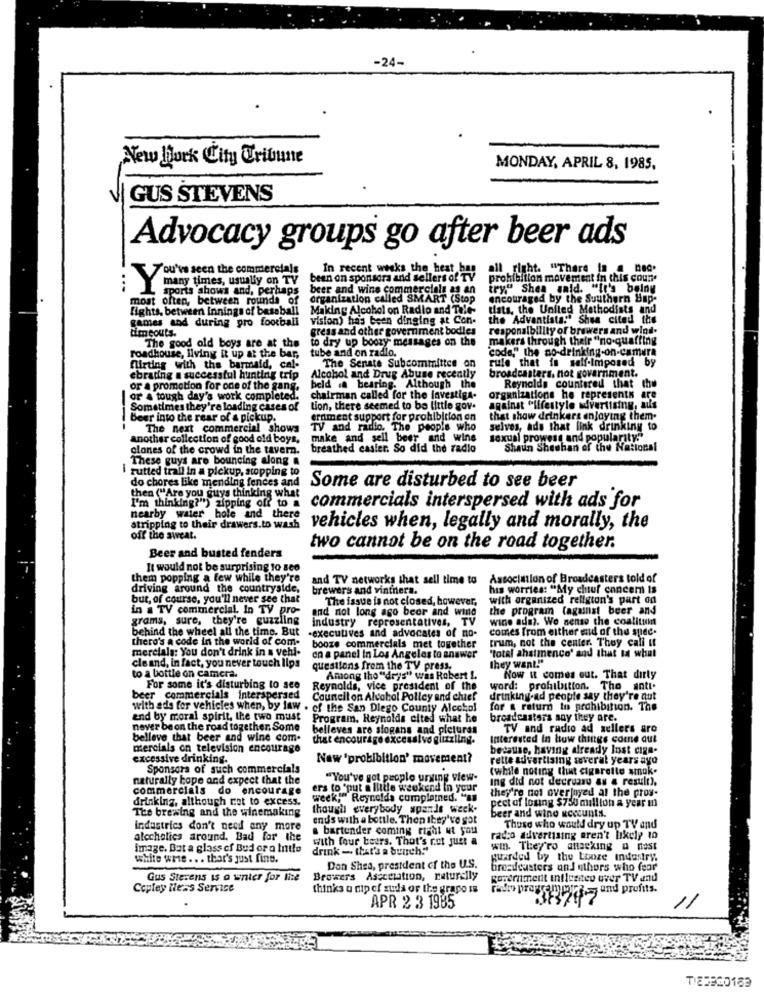
-24-
New York City Tribune
MONDAY, APRIL 8, 1985.
GUS STEVENS
Advocacy groups go after beer ads
You've seen the commercials
In recent weeks the hest
all right. "There In @ nad.
bean on sponsors and sellers of Ty
prohibition movement in this coun.
many times, usually on TV
sports shows and, perhaps beer and wine commercials as an
try." Shea said. "tr's belny
most often, between rounds of
organization called SMART (Stop
encouraged by the Southern Sap-
fights. between innings of baseball Making Alcohol on Radio and Tele-
tats, the United Methodists and
games and during pro football
vision) has been dinging at Con-
the Adventista:" Shua cited the
timeouts.
gress and other government bodles
responsibility of brewers and wind.
The good old boys are at the
to dry up boozy messages on the
makers through their "no.quaffing
tube and on radio.
code," the no-drinking-on-camera
roadhouse, Ilving it up at the bar,
rule that is self-Imposed by
flirting with the barmaid, cal-
The Senate Subcommittee on
ebrating a successful hunting trip
Alcohol and Drug Abuse recently
broadcasters, not government.
or a promotion for one of the gang.
beld .a bearing. Although the
Reynolds countered that the
or A tough day's work completed.
chairman called for the Investiga-
organizations he represents are
Sometimes they're loading cases of
tion, there seemed to be little gov.
against "lifestyle advertising, au's
Beer into the rear of a pickup.
ernment support for prohibition on
that show drinkers enjoying them.
The next commercial shows
TV and radio. The people who
selves, ads that link drinking to
another collection of good old boys,
make and sell beer and wine
sexual prowess and popularity."
clones of the crowd in the tavern.
breathed casier. So did the radio
Shaun Sheehan of the National
These guys are bouncing along a
rutted trall in a pickup, stopping to
do chores like mending fences and
Some are disturbed to see beer
then ("Are you guys thinking what
I'm thinking?") zipping off to a
nearby water hole and there
commercials interspersed with ads for
stripping to their drawers.to wash
vehicles when, legally and morally, the
off the sweat.
two cannot be on the road together.
Beer and busted fenders
It would not be surprising 10 800
them popping a few while they're
and TV networks that sell time to
Association of Broadcasters told of
driving around the countryside,
brewers and vinthera.
his worries: "My chuf cancer Is
but, of course, you'll never see that
The issue is not closed, however,
with organized religion's part od
in a TV commercial. In TV pro-
and not long ago beer and wind
the program (against beer and
grams, sure, they're guzzling
industry representatives, TV
wine ada ?. We sense the coatitu
comes from either mid of the spec.
there's a code in the world of com.
behind the wheel all the time. But -executives and advocates of no-
merciala: You don't drink in a vehl-
booze commercials met together
trum, not the center. They call it
en a panel in Los Angeles to answer
'total ahsimenco' and that ta what
to a bottle on camera.
cleand, in fact, you never touch lips
questions from the TV press.
they want!"
Among the "drys" was Robert 1.
Now it comes out. That dirty
For some it's disturbing to see
Reynolds, vice president of the
word: prohibition. The anti.
beer commercials interspersed
Countell on Alcohol Polley and chief
drinking-ad people say they're cut
with ads for vehicles when, by law . of the San Diego County Alcohol
for & return to pedhibition. The
and by moral spirit, the two must
Program. Reynolds cited what he
broadcasters say they are.
never be on the road together, Some
belleves are slogans and pictures
TV and radio ad sellers aro
belleve that beer and wine com.
that encourage excessivo guzzling.
Interested In how thuitgs come out
mercials on television encourage
because, having already lost cina-
excessive drinking.
Naw 'probibition' movement?
rette advertising several years ago
Sponsors of such commercials
(while noting that cigarette amok.
naturally hope and expect that the
"You've got people urging view-
Ing did not decruau as a result.
commercials do encourage
ers to 'put a little weekend in your
they're not overjoyed at the pros-
drinking, although not to excess.
week." Reynolds completned. "B"
The brewing and the winemaking
though everybody spande week-
pect of loung $750 million a year in
ends with a bottle. Then they've got
beer and wine wcccunts.
industries don't need any more
a bartender coming right ut you
Those who would dry up TV and
atccholics around. Bad for the
with four beers. That's rot just a
radio advertising aren't likely 10
image. But a glass of Bud or o Intlo
drink - that's a bunch!"
win. They'ro anacking a nost
white wrie ... that's just fine.
guarded by the Looze industry.
Don Shea, president of the U.S.
broadcasters and others who fear
Gus Sterens is a writer for the
Browers Aszcelation, naturally
Referiment influenteu wver TV and
Copley Hless Service
thinks u mip ef suda or the grapo is
Faro presse - und profits.
APR 2 3 1985
11
TI23360183